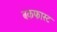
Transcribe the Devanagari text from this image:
बकफास्ट